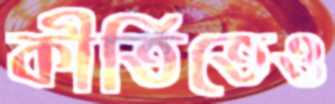
কীর্তিতেও